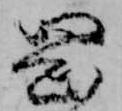
岡